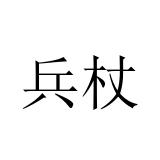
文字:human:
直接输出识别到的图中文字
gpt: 兵杖